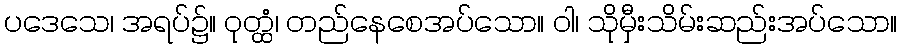
ပဒေသေ၊ အရပ်၌။ ဝုတ္ထံ၊ တည်နေစေအပ်သော။ ဝါ၊ သိုမှီးသိမ်းဆည်းအပ်သော။